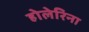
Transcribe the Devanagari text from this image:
होलेरिना